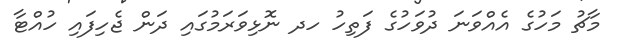
މާޗު މަހުގެ އެއްވަނަ ދުވަހުގެ ފަތިހު ހދ ނޮޅިވަރަމުގައި ދަން ޖެހިފައި ހުއްޓާ